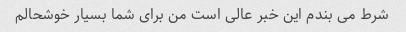
شرط می بندم این خبر عالی است من برای شما بسیار خوشحالم